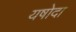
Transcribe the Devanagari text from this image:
यषोदा